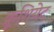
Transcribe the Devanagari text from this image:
क्रूशियेट